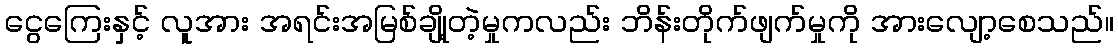
ငွေကြေးနှင့် လူအား အရင်းအမြစ်ချို့တဲ့မှုကလည်း ဘိန်းတိုက်ဖျက်မှုကို အားလျော့စေသည်။